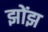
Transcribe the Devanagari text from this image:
झोंझ